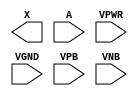
module sky130_fd_sc_hd__bufbuf (
    X   ,
    A   ,
    VPWR,
    VGND,
    VPB ,
    VNB
);

    output X   ;
    input  A   ;
    input  VPWR;
    input  VGND;
    input  VPB ;
    input  VNB ;
endmodule